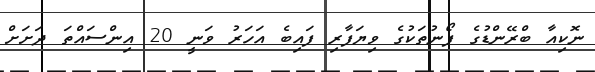
ނޮކިއާ ބްރޭންޑުގެ ފޯނުތަކުގެ ވިޔަފާރި ފައިބެ އަހަރު ވަނީ 20 އިންސައްތަ ދަށަށް